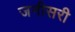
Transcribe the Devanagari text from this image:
जनीसरी